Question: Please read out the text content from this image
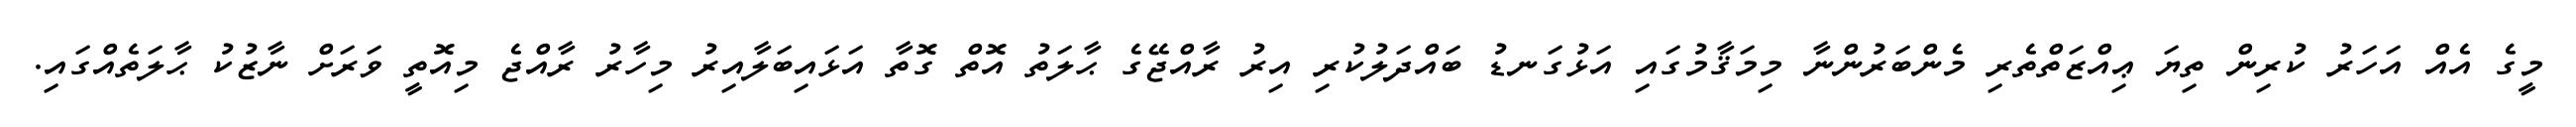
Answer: މީގެ އެއް އަހަރު ކުރިން ތިޔަ ޢިއްޒަތްތެރި މެންބަރުންނާ މިމަޤާމުގައި އަޅުގަނޑު ބައްދަލުކުރި އިރު ރާއްޖޭގެ ޙާލަތު އޮތް ގޮތާ އަޅައިބަލާއިރު މިހާރު ރާއްޖެ މިއޮތީ ވަރަށް ނާޒުކު ޙާލަތެއްގައި.